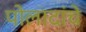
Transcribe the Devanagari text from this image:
पोलादांचे